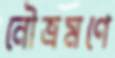
নৌভ্রমণে